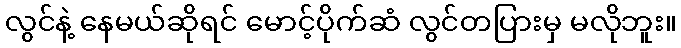
လွင်နဲ့ နေမယ်ဆိုရင် မောင့်ပိုက်ဆံ လွင်တပြားမှ မလိုဘူး။